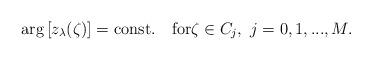
LaTeX: \begin{align*}\arg\left[{z_\lambda}(\zeta)\right]= \textrm{const.} \quad\mbox{for}\zeta\in C_j, \ j=0,1,...,M.\end{align*}